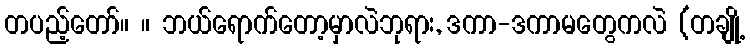
တပည့်တော်။ ။ ဘယ်ရောက်တော့မှာလဲဘုရား, ဒကာ-ဒကာမတွေကလဲ (တချို့